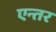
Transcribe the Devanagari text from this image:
एन्तर